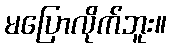
မပြောလိုက်ဘူး။